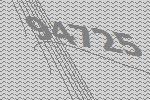
94725